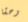
وحشا